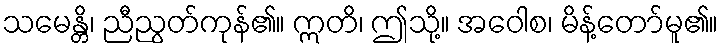
သမေန္တိ၊ ညီညွတ်ကုန်၏။ ဣတိ၊ ဤသို့။ အဝေါစ၊ မိန့်တော်မူ၏။